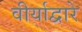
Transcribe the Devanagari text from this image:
वीर्याद्वारे